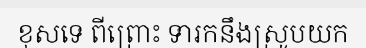
ខុសទេ ពីព្រោះ ទារកនឹងស្រូបយក